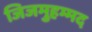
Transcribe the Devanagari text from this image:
जिजमुहम्मद